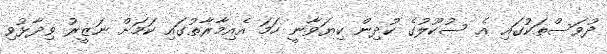
ދުވަސްތަކުގައި އެ ސުކޫލުގެ ކުދިން ކިޔަވާނީ ހަމަ އެއިމާރާތުގައި ކަމަށް ނަޒީރު ވިދާޅުވި